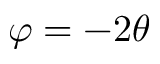
\varphi = - 2 \theta